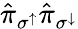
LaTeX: \hat{\pi}_{\sigma^{\uparrow}}\hat{\pi}_{\sigma^{\downarrow}}